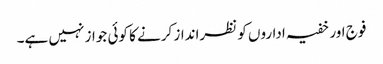
فوج اور خفیہ اداروں کو نظرانداز کرنے کا کوئی جواز نہیں ہے۔